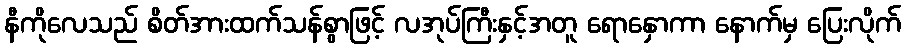
နီကိုလေသည် စိတ်အားထက်သန်စွာဖြင့် လအုပ်ကြီးနှင့်အတူ ရောနှောကာ နောက်မှ ပြေးလိုက်